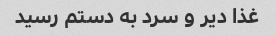
غذا دیر و سرد به دستم رسید